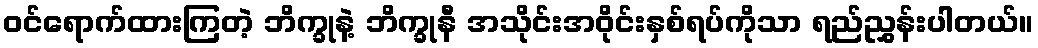
ဝင်ရောက်ထားကြတဲ့ ဘိက္ခုနဲ့ ဘိက္ခုနီ အသိုင်းအဝိုင်းနှစ်ရပ်ကိုသာ ရည်ညွှန်းပါတယ်။